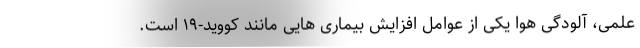
علمی، آلودگی هوا یکی از عوامل افزایش بیماری هایی مانند کووید-۱۹ است.